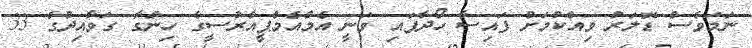
ނަމަވެސް ޑޮލަރު ވިއްކުމަށް ފައިސާ ހޯދާފައި ވަނީ އެމްއެމްޕީއާރުސީގެ ހިންގާ ގަވާއިދުގެ 33